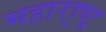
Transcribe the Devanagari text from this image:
महारा़्ष्ट्र